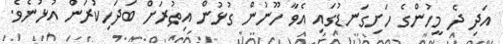
އަދި ދެ މީހުންގެ ހަށިގަނޑުގައި އެވާ ހޫނުން ގުޅުން އިތުރަށް ބަދަހިކުރަން އުޅުނެވެ.